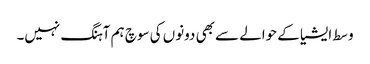
وسط ایشیا کے حوالے سے بھی دونوں کی سوچ ہم آہنگ نہیں۔